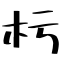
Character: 杇